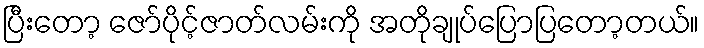
ပြီးတော့ ဇော်ပိုင့်ဇာတ်လမ်းကို အတိုချုပ်ပြောပြတော့တယ်။